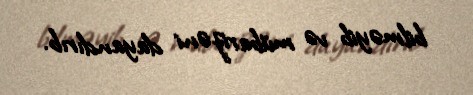
bilməyib və mübarizəni dayandırıb.